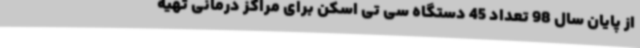
از پایان سال 98 تعداد 45 دستگاه سی تی اسکن برای مراکز درمانی تهیه